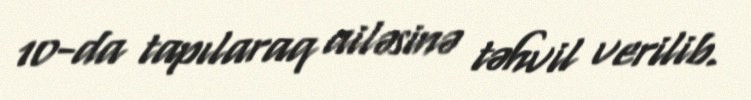
10-da tapılaraq ailəsinə təhvil verilib.